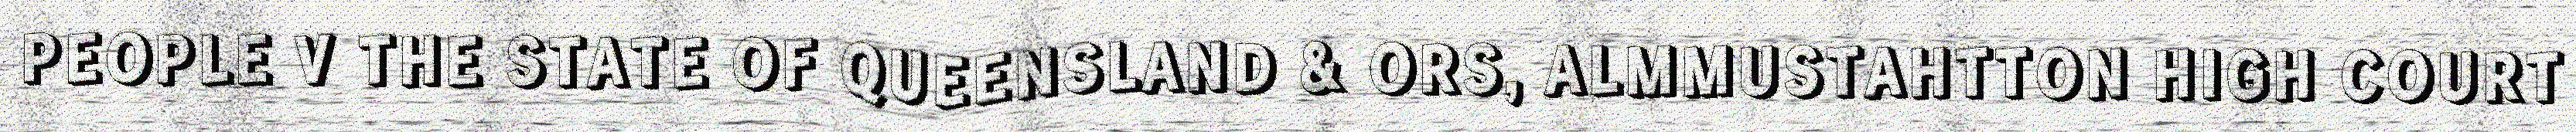
PEOPLE V THE STATE OF QUEENSLAND & ORS, ALMMUSTAHTTON HIGH COURT